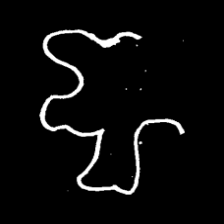
Pyu character \u2014 Myanmar letter: ဈ (romanized: jha)